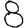
Digit: 8